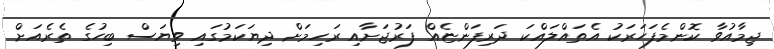
ޖިމާއުވާ ކޮންމެފަހަރަކު އެތައްލައްކަ ދަރިފަންޏެއް ފަރުޖަށާއި ރަހިމަށް ދިޔަކަމުގައި ވިޔަސް ބިހުގެ ތެރެއަށް